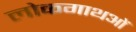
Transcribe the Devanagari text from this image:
लोकगाथओं